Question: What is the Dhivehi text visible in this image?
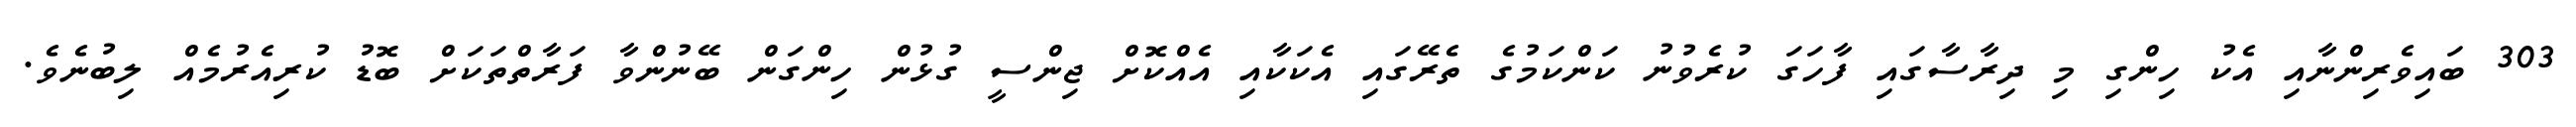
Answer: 303 ބައިވެރިންނާއި އެކު ހިންގި މި ދިރާސާގައި ފާހަގަ ކުރެވުނު ކަންކަމުގެ ތެރޭގައި އެކަކާއި އެއްކޮށް ޖިންސީ ގުޅުން ހިންގަން ބޭނުންވާ ފަރާތްތަކަށް ބޮޑު ކުރިއެރުމެއް ލިބުނެވެ.